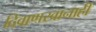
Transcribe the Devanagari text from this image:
दिवाणखानाही